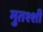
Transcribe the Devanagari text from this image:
मुतश्शी